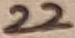
Text: 22